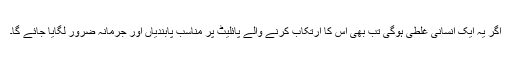
اگر یہ ایک انسانی غلطی ہوگی تب بھی اس کا ارتکاب کرنے والے پائلیٹ پر مناسب پابندیاں اور جرمانہ ضرور لگایا جائے گا۔